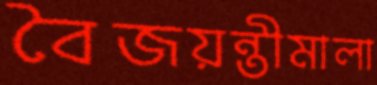
বৈজয়ন্তীমালা